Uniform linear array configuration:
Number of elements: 64
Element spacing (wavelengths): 0.25
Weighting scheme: hann
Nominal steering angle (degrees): -15
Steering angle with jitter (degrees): -14.138
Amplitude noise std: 0.05
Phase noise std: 0.05

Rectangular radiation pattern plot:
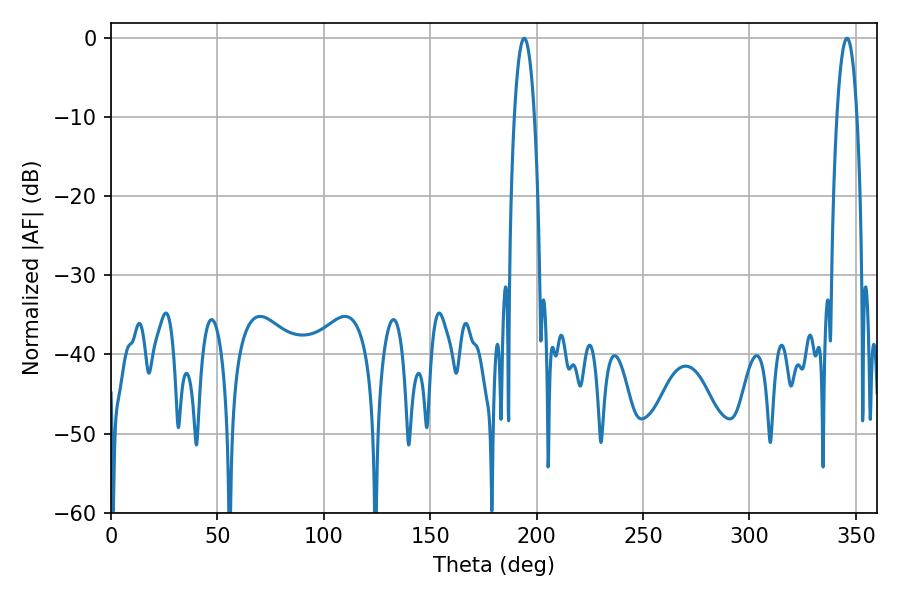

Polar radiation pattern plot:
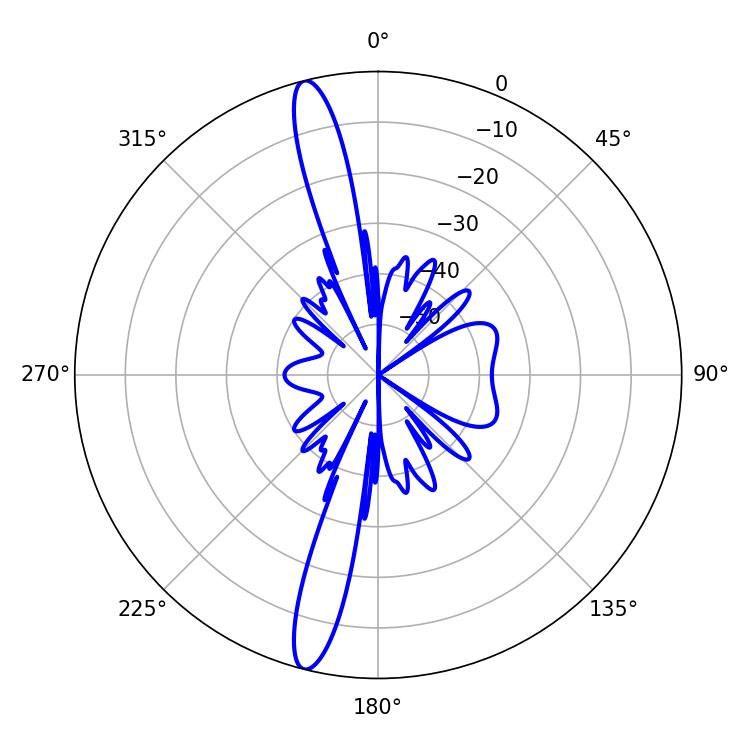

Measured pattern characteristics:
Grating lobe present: FALSE
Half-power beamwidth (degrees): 5.22
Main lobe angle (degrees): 194.22